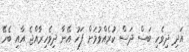
އަދި ދިވެހި ބަސް ދަސް ކުރެއްވުމަށް ފަހު އޭނާ ދިވެހިރާއްޖެ އާއި ބެހޭ